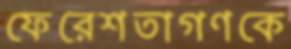
ফেরেশতাগণকে